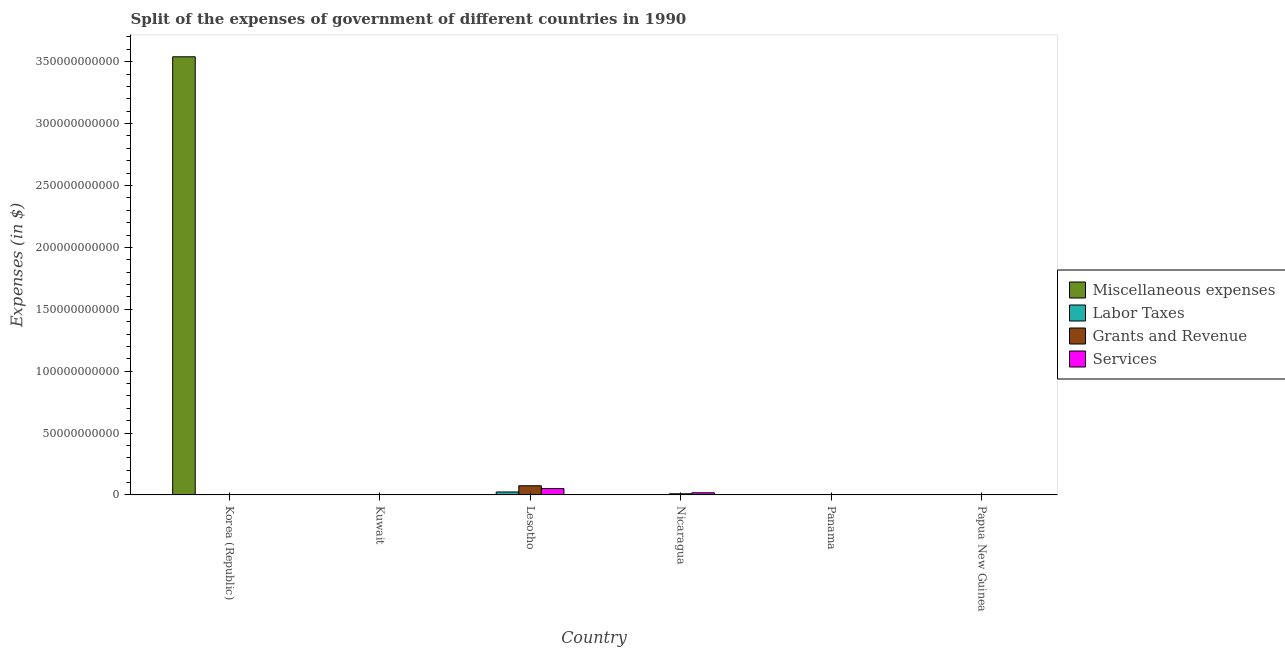
| Country | Miscellaneous expenses | Labor Taxes | Grants and Revenue | Services |
 | --- | --- | --- | --- | --- |
 | Korea (Republic) | 3.54e+11 | 0.0309 | 0.633 | 2.1 |
 | Kuwait | 1.56e+08 | 2.1e+07 | 3e+07 | 4.2e+07 |
 | Lesotho | 1.37e+07 | 2.39e+09 | 7.42e+09 | 5.16e+09 |
 | Nicaragua | 6.9e+05 | 6.9e+07 | 9.19e+08 | 1.75e+09 |
 | Panama | 8.4e+06 | 5.35e+06 | 8.85e+07 | 3.87e+07 |
 | Papua New Guinea | 4.37e+06 | 2.81e+06 | 9.55e+07 | 1.21e+08 |